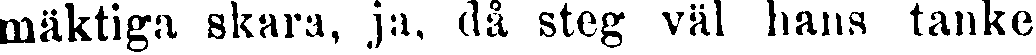
mäktiga skara, ja, då steg väl hans tanke